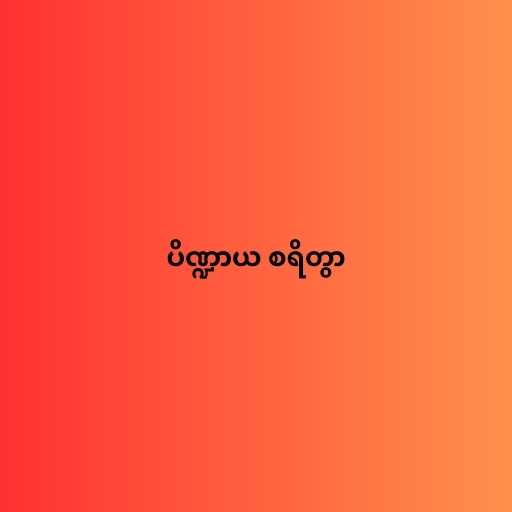
ပိဏ္ဍာယ စရိတွာ